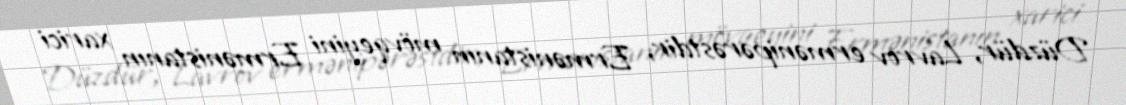
Düzdür, Lavrov ermənipərəstdir, Ermənistanın mövqeyini Ermənistanın xarici